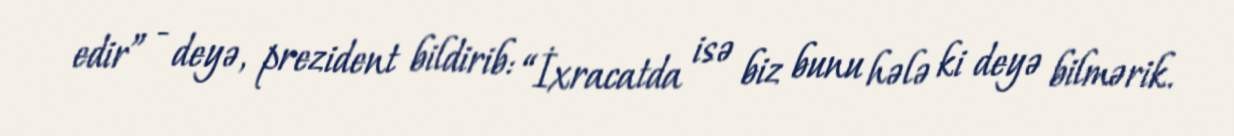
edir” - deyə, prezident bildirib: “İxracatda isə biz bunu hələ ki deyə bilmərik.